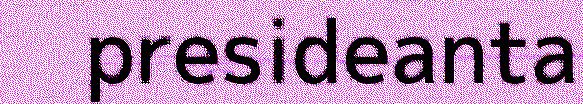
presideanta